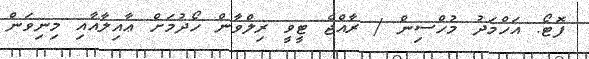
ފޮޓޯ: އަހްމަދު މުހްސިން / ރާއްޖެ ޓީވީ ރިލްވާން ހޯދުމަށް ޢާއިލާއާއި މިނިވަން